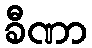
ခီဏာ